Source: Handwritten
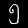
Digit: ၅ (5)